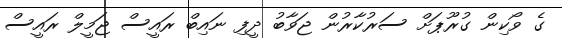
ގެ ވޯކިން ގުރޫޕަށް ސަރުކާރުން ޖަވާބު ދީފި ނައިބް ރައީސް ޖަމީލް ރައީސް